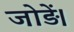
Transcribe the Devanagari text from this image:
जोड़ें।